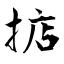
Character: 掂